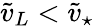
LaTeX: \tilde{v}_{L}<\tilde{v}_{\star}